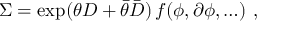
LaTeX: \Sigma = \exp ( \theta D + \bar { \theta } \bar { D } ) \, f ( \phi , \partial \phi , \ldots ) \ ,